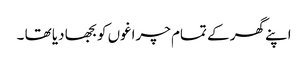
اپنے گھر کے تمام چراغوں کو بجھا دیا تھا ۔